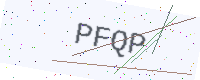
Text: PFQP